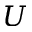
U